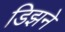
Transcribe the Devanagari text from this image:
डिझने